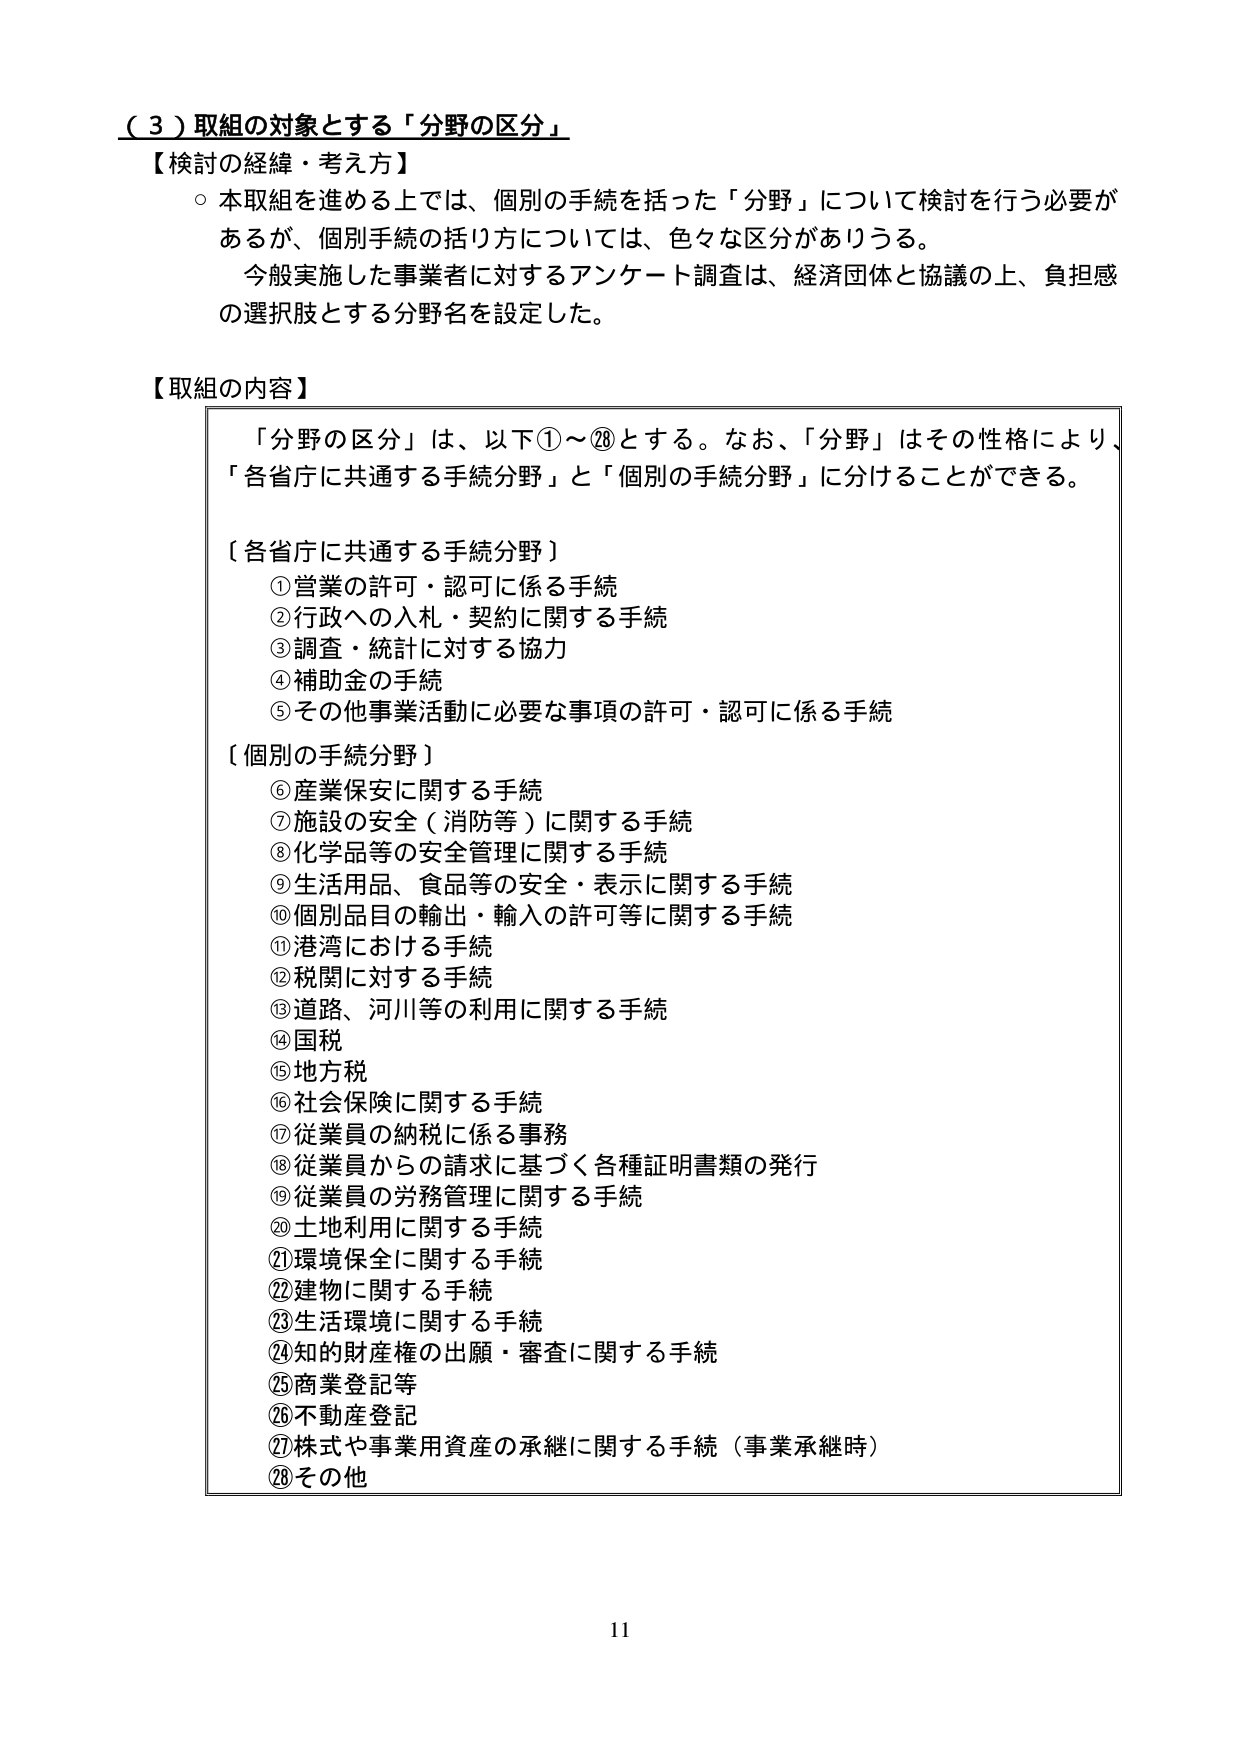
（３）取組の対象とする「分野の区分」

【検討の経緯・考え方】
○ 本取組を進める上では、個別の手続を括った「分野」について検討を行う必要があるが、個別手続の括り方については、色々な区分がありうる。
　今般実施した事業者に対するアンケート調査は、経済団体と協議の上、負担感の選択肢とする分野名を設定した。

【取組の内容】
「分野の区分」は、以下①～⑳とする。なお、「分野」はその性格により、「各省庁に共通する手続分野」と「個別の手続分野」に分けることができる。

〔各省庁に共通する手続分野〕
① 営業の許可・認可に係る手続
② 行政への入札・契約に関する手続
③ 調査・統計に対する協力
④ 補助金の手続
⑤ その他事業活動に必要な事項の許可・認可に係る手続

〔個別の手続分野〕
⑥ 産業保安に関する手続
⑦ 施設の安全（消防等）に関する手続
⑧ 化学品等の安全管理に関する手続
⑨ 生活用品、食品等の安全・表示に関する手続
⑩ 個別品目の輸出・輸入の許可等に関する手続
⑪ 港湾における手続
⑫ 税関に対する手続
⑬ 道路、河川等の利用に関する手続
⑭ 国税
⑮ 地方税
⑯ 社会保険に関する手続
⑰ 従業員の納税に係る事務
⑱ 従業員からの請求に基づく各種証明書類の発行
⑲ 従業員の労務管理に関する手続
⑳ 土地利用に関する手続
㉑ 環境保全に関する手続
㉒ 建物に関する手続
㉓ 生活環境に関する手続
㉔ 知的財産権の出願・審査に関する手続
㉕ 商業登記等
㉖ 不動産登記
㉗ 株式や事業用資産の承継に関する手続（事業承継時）
㉘ その他

11